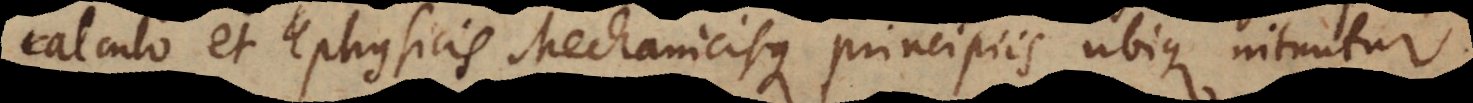
calculo et physicis Mechanicisque principiis ubique nituntur